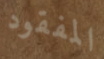
المفقود